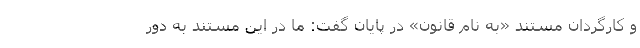
و کارگردان مستند «به نام قانون» در پایان گفت: ما در این مستند به دور